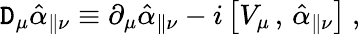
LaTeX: \mathtt{D}_{\mu}\hat{{\alpha}}_{\parallel\nu}\equiv\partial_{\mu}\hat{{\alpha}}_{\parallel\nu}-i\left[V_{\mu}\, ,\, \hat{{\alpha}}_{\parallel\nu}\right]\ ,